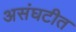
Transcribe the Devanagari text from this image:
असंघटीत